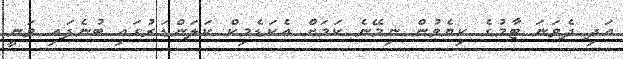
އަދި ދެވަނަ ޓާމުގެ ކިޔެވުން ނިމޭނެ ކަމަށް އެކަޑެމިކް ކަލަންޑަރުގައި ބުނެފައި ވަނީ